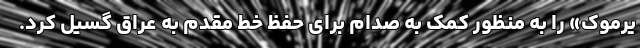
یرموک» را به منظور کمک به صدام برای حفظ خط مقدم به عراق گسیل کرد.